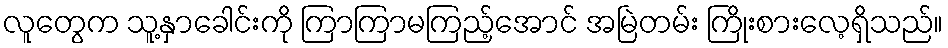
လူတွေက သူ့နှာခေါင်းကို ကြာကြာမကြည့်အောင် အမြဲတမ်း ကြိုးစားလေ့ရှိသည်။